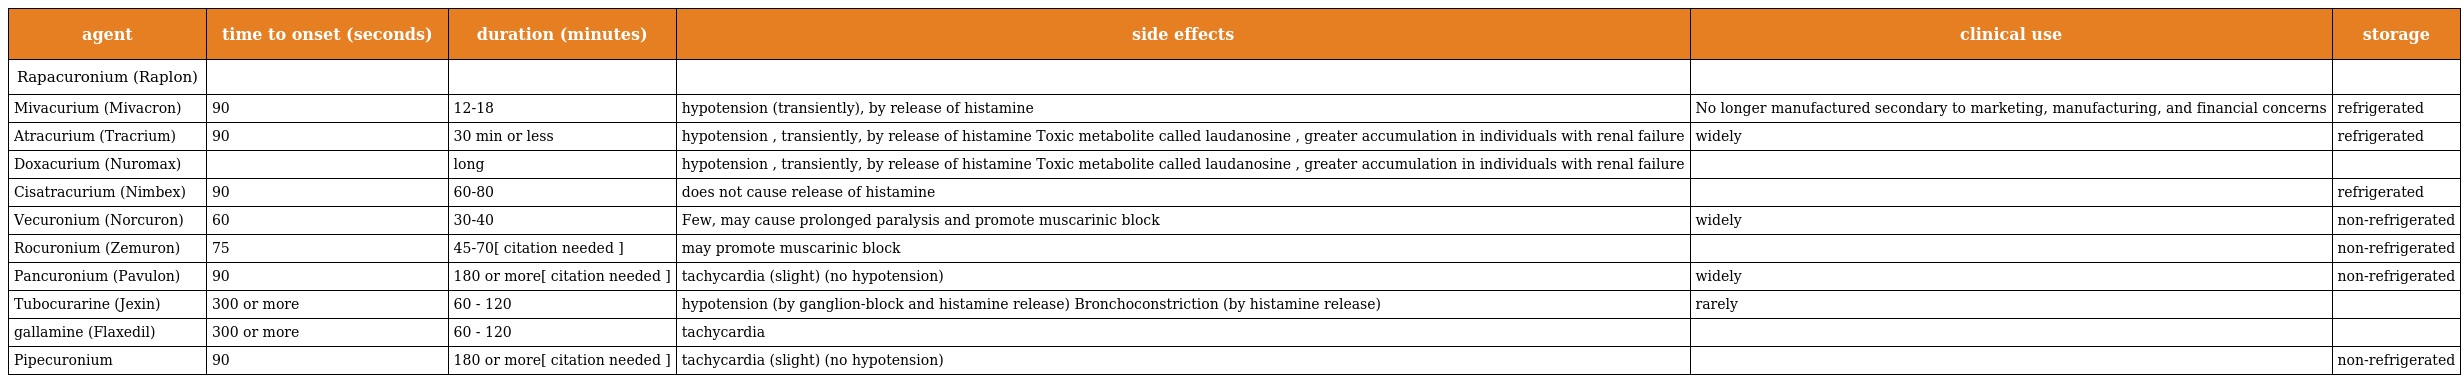
| agent | time to onset (seconds) | duration (minutes) | side effects | clinical use | storage |
 | --- | --- | --- | --- | --- | --- |
 | Rapacuronium (Raplon) |  |  |  |  |  |
 | Mivacurium (Mivacron) | 90 | 12-18 | hypotension (transiently), by release of histamine | No longer manufactured secondary to marketing, manufacturing, and financial concerns | refrigerated |
 | Atracurium (Tracrium) | 90 | 30 min or less | hypotension , transiently, by release of histamine Toxic metabolite called laudanosine , greater accumulation in individuals with renal failure | widely | refrigerated |
 | Doxacurium (Nuromax) |  | long | hypotension , transiently, by release of histamine Toxic metabolite called laudanosine , greater accumulation in individuals with renal failure |  |  |
 | Cisatracurium (Nimbex) | 90 | 60-80 | does not cause release of histamine |  | refrigerated |
 | Vecuronium (Norcuron) | 60 | 30-40 | Few, may cause prolonged paralysis and promote muscarinic block | widely | non-refrigerated |
 | Rocuronium (Zemuron) | 75 | 45-70[ citation needed ] | may promote muscarinic block |  | non-refrigerated |
 | Pancuronium (Pavulon) | 90 | 180 or more[ citation needed ] | tachycardia (slight) (no hypotension) | widely | non-refrigerated |
 | Tubocurarine (Jexin) | 300 or more | 60 - 120 | hypotension (by ganglion-block and histamine release) Bronchoconstriction (by histamine release) | rarely |  |
 | gallamine (Flaxedil) | 300 or more | 60 - 120 | tachycardia |  |  |
 | Pipecuronium | 90 | 180 or more[ citation needed ] | tachycardia (slight) (no hypotension) |  | non-refrigerated |